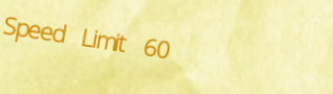
Speed Limit 60